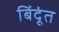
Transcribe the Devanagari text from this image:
बिंदूंत